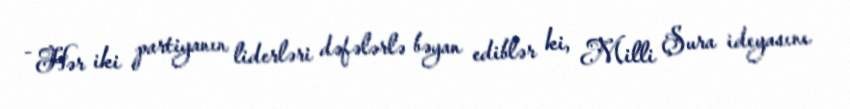
- Hər iki partiyanın liderləri dəfələrlə bəyan ediblər ki, Milli Şura ideyasını